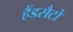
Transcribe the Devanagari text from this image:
हैंडसैटो